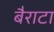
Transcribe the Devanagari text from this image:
बैराटा